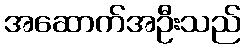
အဆောက်အဦးသည်